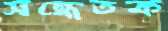
সন্ধেতক